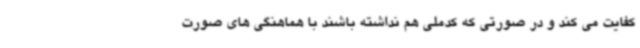
کفایت می کند و در صورتی که کدملی هم نداشته باشند با هماهنگی های صورت